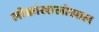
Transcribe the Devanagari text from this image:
लोकांखालोखाल